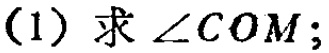
(1) 求 \(\angle COM\)；